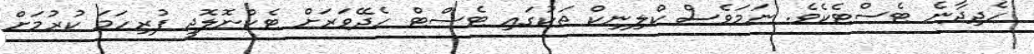
ހެދިދާނެ ޓެސްޓެކެވެ. ނަމަވެސް ކްލިނިކް ތަކުގައި ޓެސްޓް ހެދޭވަރަށް ޓެކްނޮލޮޖީ ފުރިހަމަ ކުރުމަށް